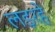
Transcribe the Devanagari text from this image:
लड़रहे